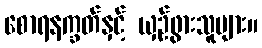
စောရနက္ခတ်နှင့် ယှဉ်ဖွားသူများ။